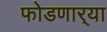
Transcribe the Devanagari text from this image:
फोडणार्‍या